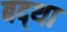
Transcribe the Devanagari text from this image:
बद्था